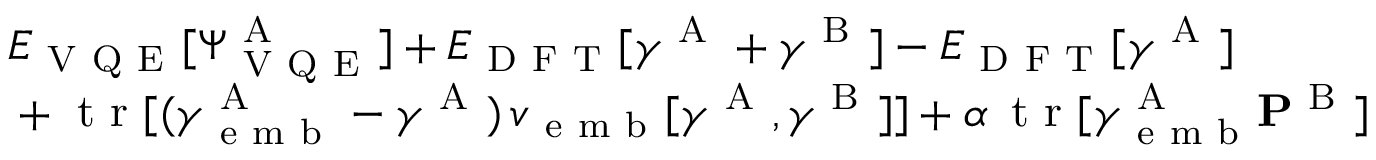
\begin{array} { r l } { \newline } & { { } E _ { \mathrm { ~ V ~ Q ~ E ~ } } [ \Psi _ { \mathrm { ~ V ~ Q ~ E ~ } } ^ { \mathrm { ~ A ~ } } ] + E _ { \mathrm { ~ D ~ F ~ T ~ } } [ \boldsymbol { \gamma } ^ { \mathrm { ~ A ~ } } + \boldsymbol { \gamma } ^ { \mathrm { ~ B ~ } } ] - E _ { \mathrm { ~ D ~ F ~ T ~ } } [ \boldsymbol { \gamma } ^ { \mathrm { ~ A ~ } } ] } \\ { \newline } & { { } + \mathrm { ~ t ~ r ~ } [ ( \boldsymbol { \gamma } _ { \mathrm { ~ e ~ m ~ b ~ } } ^ { \mathrm { ~ A ~ } } - \boldsymbol { \gamma } ^ { \mathrm { ~ A ~ } } ) \, \boldsymbol { v } _ { \mathrm { ~ e ~ m ~ b ~ } } [ \boldsymbol { \gamma } ^ { \mathrm { ~ A ~ } } , \boldsymbol { \gamma } ^ { \mathrm { ~ B ~ } } ] ] + \alpha \, \mathrm { ~ t ~ r ~ } [ \boldsymbol { \gamma } _ { \mathrm { ~ e ~ m ~ b ~ } } ^ { \mathrm { ~ A ~ } } \mathbf { P } ^ { \mathrm { ~ B ~ } } ] } \end{array}